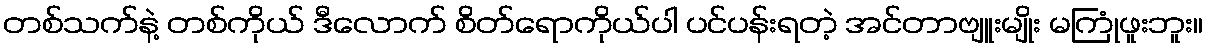
တစ်သက်နဲ့ တစ်ကိုယ် ဒီလောက် စိတ်ရောကိုယ်ပါ ပင်ပန်းရတဲ့ အင်တာဗျူးမျိုး မကြုံဖူးဘူး။